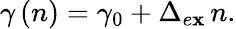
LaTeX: \gamma\left(n\right)=\gamma_{0}+\Delta_{e\mathbf{x}}\, n.